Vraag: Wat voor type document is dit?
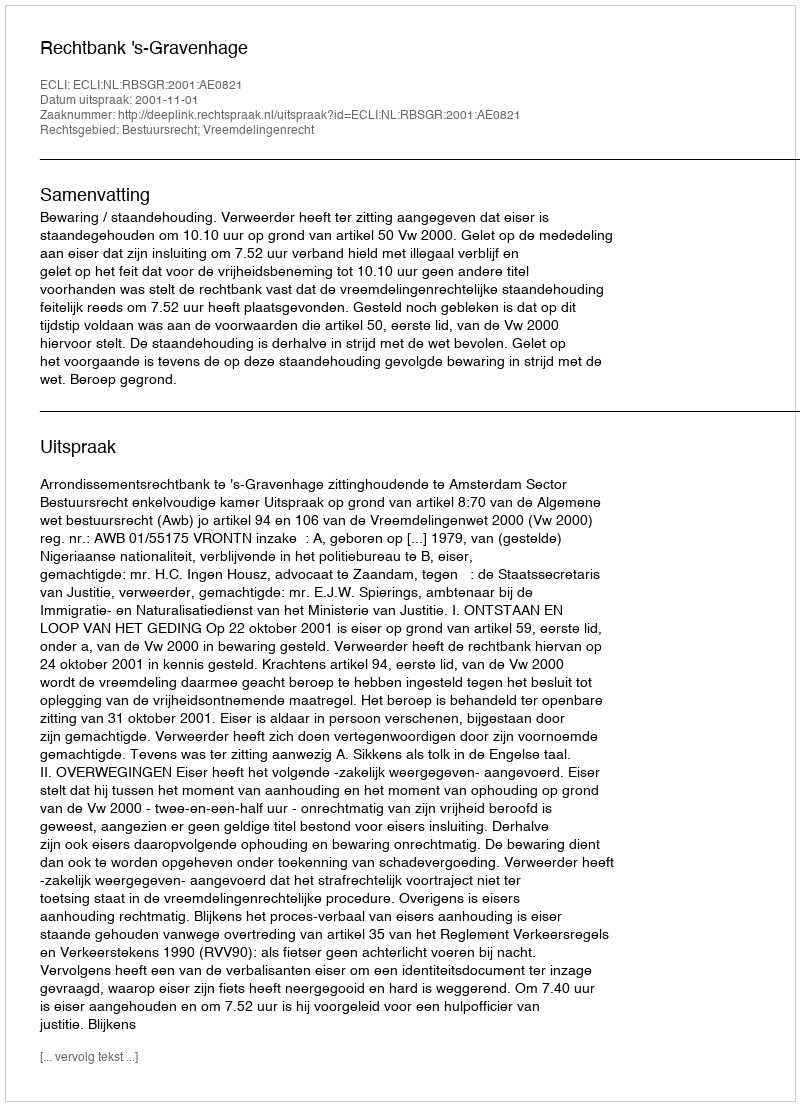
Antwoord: Uitspraak